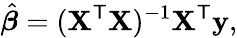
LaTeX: {\hat{\boldsymbol{\beta}}}=(\mathbf{X}^{\mathsf{T}}\mathbf{X})^{-1}\mathbf{X}^{\mathsf{T}}\mathbf{y},